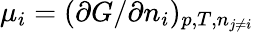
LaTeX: \mu_{i}=(\partial G/\partial n_{i})_{p,T,n_{j\neq i}}